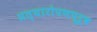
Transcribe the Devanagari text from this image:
प्रत्यारोपणपूर्व